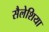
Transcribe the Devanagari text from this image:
सैलेशिया